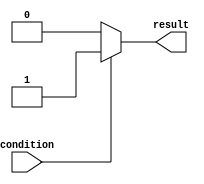
module if_else_example (
    input wire condition,
    output reg result
);

always @(*) begin
    if (condition) begin
        result = 1; // execute this block if condition is true
    end else begin
        result = 0; // execute this block if condition is false
    end
end

endmodule